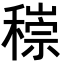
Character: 𥡶